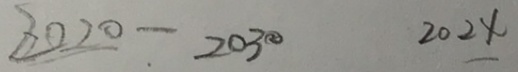
2 0 2 0 - 2 0 3 0 2 0 2 4